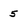
Character: 5